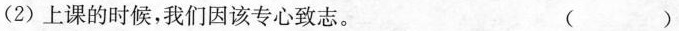
（2）上课的时候，我们因该专心致志。（ ）